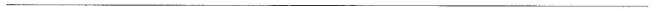
___